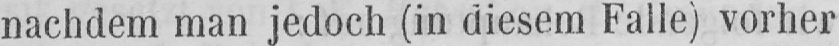
nachdem man jedoch (in diesem Falle) vorher